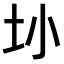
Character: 𫭚